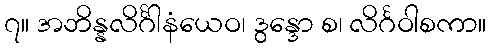
၇။ အဘိန္နလိင်္ဂါနံယေဝ၊ ဒွန္ဒော စ၊ လိင်္ဂဝါစကာ။